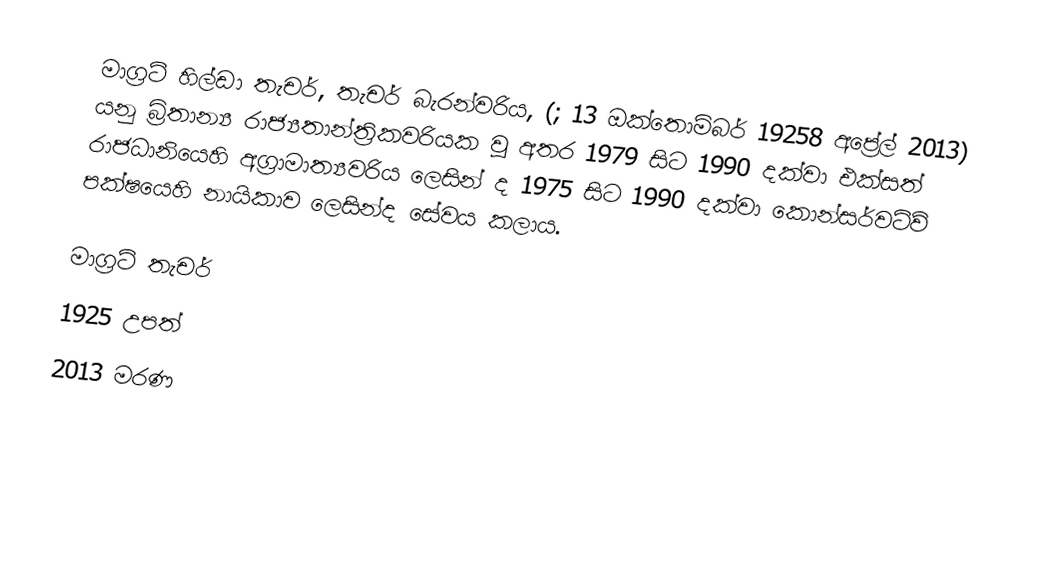
මාග්‍රට් හිල්ඩා තැචර්, තැචර් බැරන්වරිය,  (; 13 ඔක්තොම්බර්  19258 අප්‍රේල්  2013) යනු බ්‍රිතාන්‍ය රාජ්‍යතාන්ත්‍රිකවරියක වූ අතර  1979 සිට 1990 දක්වා  එක්සත් රාජධානියෙහි අග්‍රාමාත්‍යවරිය ලෙසින් ද 1975 සිට 1990 දක්වා කොන්සර්වටිව් පක්ෂයෙහි නායිකාව ලෙසින්ද සේවය කලාය.

මාග්‍රට් තැචර්
1925 උපත්
2013 මරණ